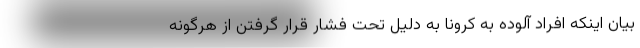
بیان اینکه افراد آلوده به کرونا به دلیل تحت فشار قرار گرفتن از هرگونه